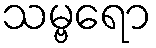
သမ္ဗရော